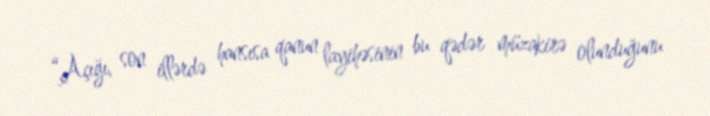
“Açığı, son illərdə hansısa qanun layihəsinin bu qədər müzakirə olunduğunu